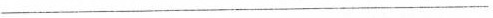
___